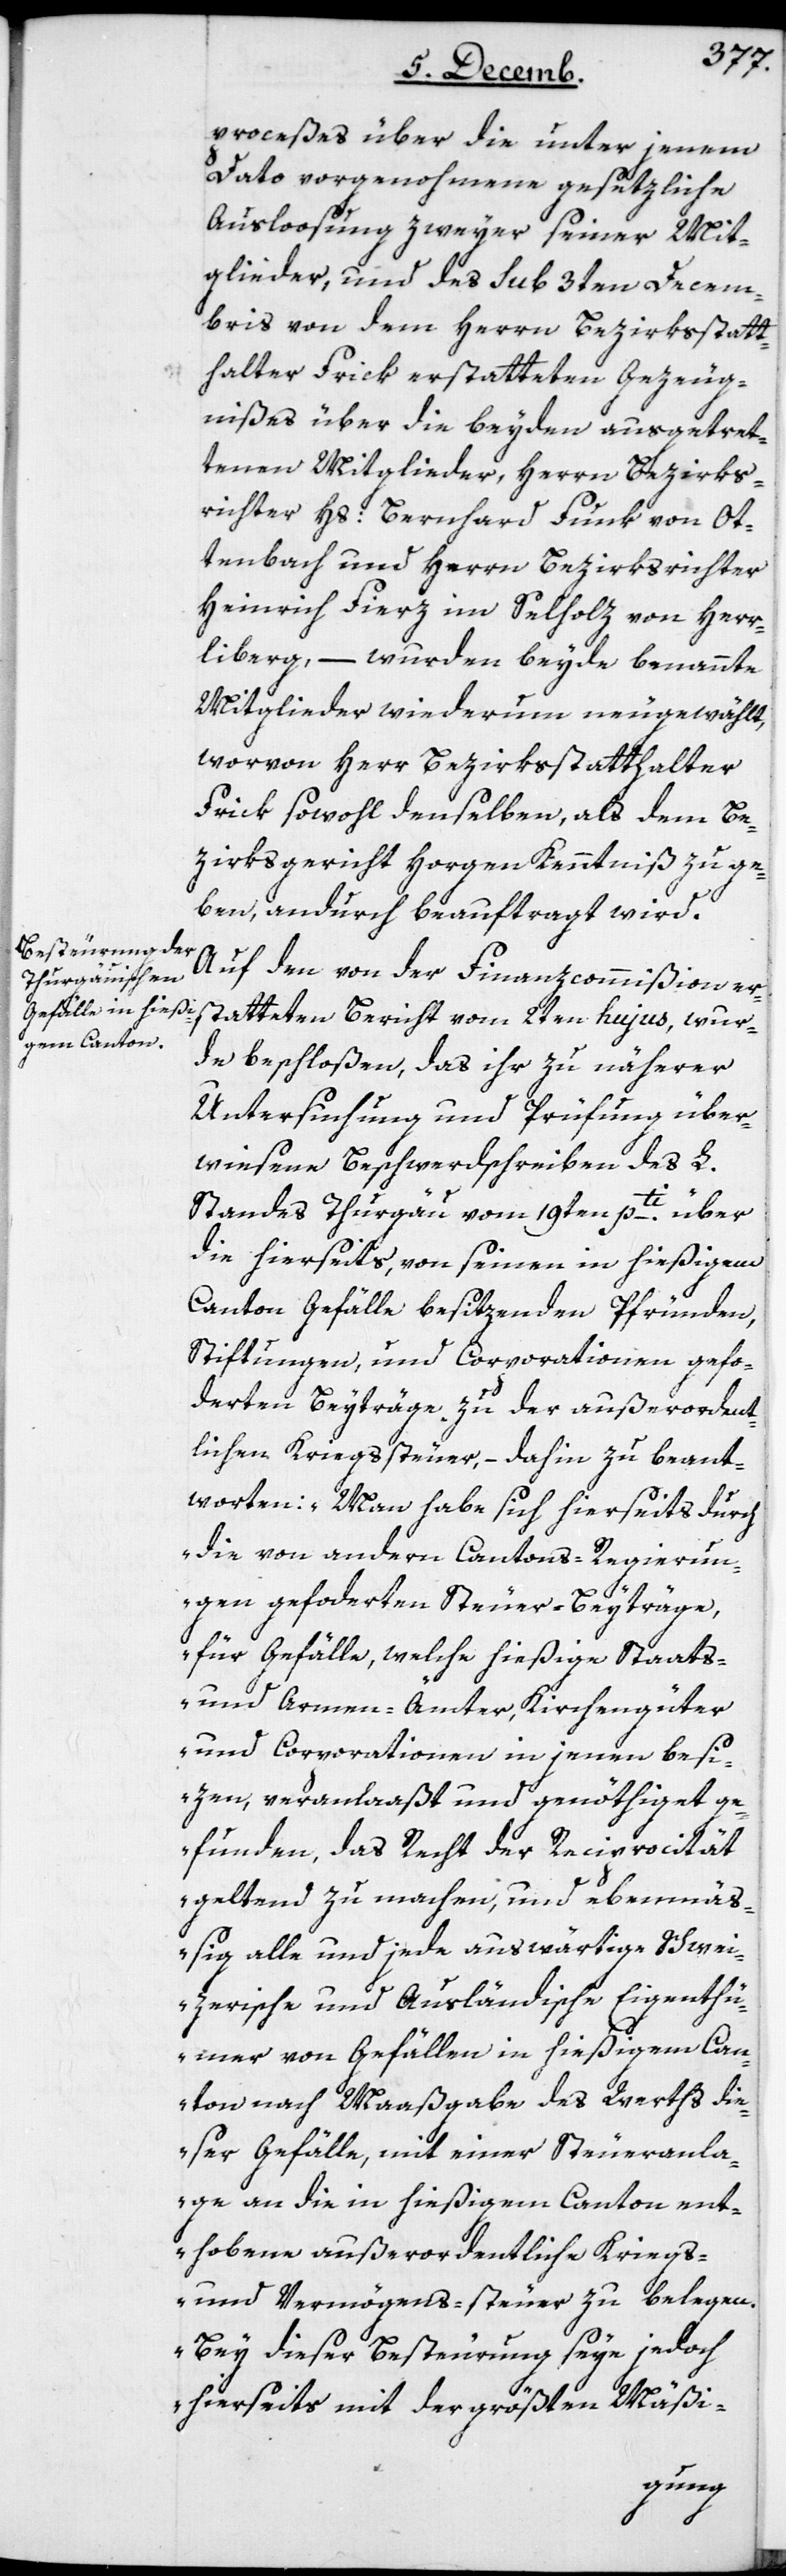
proceßes über die unter jenem
Dato vorgenohmene gesetzliche
Ausloosung zweyer seiner Mit¬
glieder, und des sub 3ten Decem¬
bris von dem Herrn Bezirksstatt¬
halter Frick erstatteten Gezeug¬
nißes über die beyden ausgetret¬
tenen Mitglieder, Herrn Bezirks¬
richter Hs. Bernhard Funk von Ot¬
tenbach und Herrn Bezirksrichter
Heinrich Fierz im Selholz von Herr¬
liberg, – wurden beyde benannte
Mitglieder wiederum neugewählt,
worvon Herr Bezirksstatthalter
Frick sowohl denselben, als dem Be¬
zirksgericht Horgen Kenntniß zu ge¬
ben, andurch beauftragt wird.
Auf den von der Finanzcommißion er¬
statteten Bericht vom 2ten hujus, wur¬
de beschloßen, das ihr zu näherer
Untersuchung und Prüffung über¬
wiesene Beschwerdschreiben des L.
Standes Thurgäu vom 19ten pti. über
die hierseits, von seinen in hießigem
Canton Gefälle besitzenden Pfründen,
Stiftungen und Corporationen gefor¬
derten Beyträge zu der außerordent¬
lichen Kriegssteuer, – dahin zu beant¬
worten: „Man habe sich hierseits durch
die von andern Cantons-Regierun¬
gen geforderten Steuer-Beyträge,
für Gefälle, welche hießige Staats-
und Armen-Ämter, Kirchengüter
und Corporationen in jenen besi¬
zen, veranlaaßt und genöthiget ge¬
funden, das Recht der Reciprocität
geltend zu machen, und ebenmäß¬
ig alle und jede auswärtige Schwei¬
zerische und Ausländische Eigenthü¬
mer von Gefällen in hießigem Can¬
ton nach Maaßgabe des Werths die¬
ser Gefälle, mit einer Steueranla¬
ge an die in hießigem Canton ent¬
hobene außerordentliche Kriegs-
und Vermögens-steuer zu belegen.
Bey dieser Besteurung seye jedoch
hierseits mit der größten Mäßi-